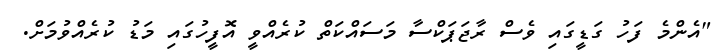
"އެންމެ ފަހު ގަޑީގައި ވެސް ރާޖަޕަކްސާ މަސައްކަތް ކުރެއްވީ އޮފީހުގައި މަޑު ކުރެއްވުމަށް.